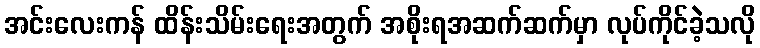
အင်းလေးကန် ထိန်းသိမ်းရေးအတွက် အစိုးရအဆက်ဆက်မှာ လုပ်ကိုင်ခဲ့သလို